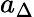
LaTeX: a_{\Delta}